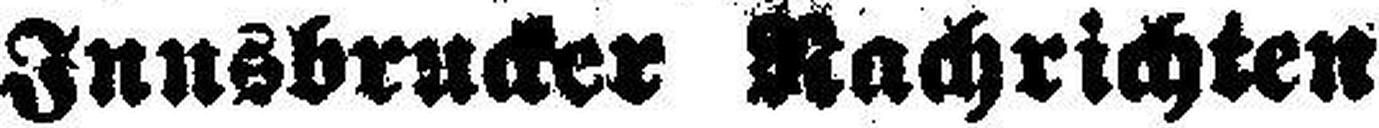
Innsbrucker Nachrichten